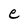
Character: e